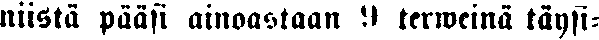
niistä pääsi ainoastaan 9 terweinä täysi-